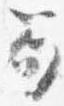
笏